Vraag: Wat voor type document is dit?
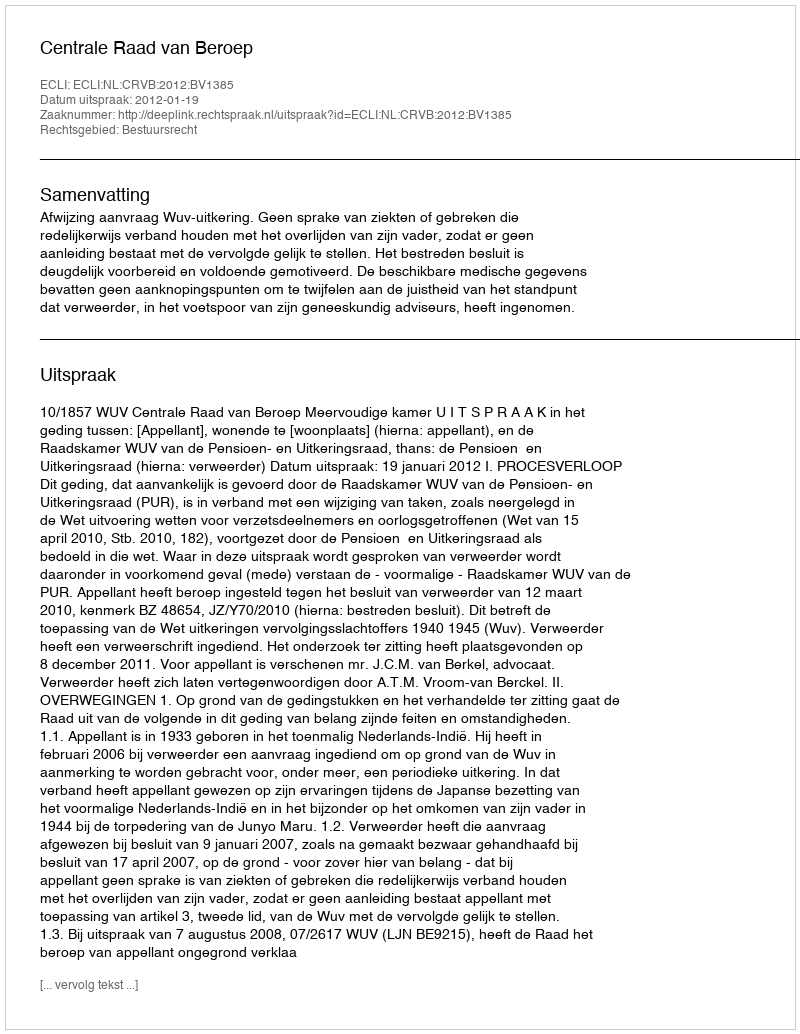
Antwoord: Uitspraak